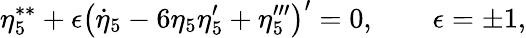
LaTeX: \eta_{5}^{\ast\ast}+\epsilon\left(\dot{\eta}_{5}-6\eta_{5}\eta_{5}^{\prime}+\eta_{5}^{\prime\prime\prime}\right)^{\prime}=0,\qquad\epsilon=\pm 1,